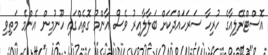
އޮސްޓްރޭލިއާގެ ހުރިހާ ސަރަހައްދަކަށް ބަލާލާއިރު ވެސް އާންމު ގޮތެއްގައި ހޫނުމިން އެންމެ މަތިވި